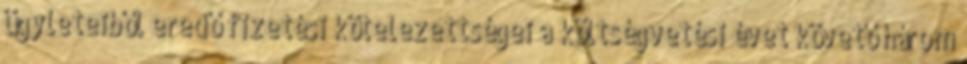
ügyleteiből eredő fizetési kötelezettségei a költségvetési évet követő három